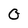
Character: 0